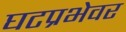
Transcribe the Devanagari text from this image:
घटप्रभेवर